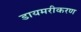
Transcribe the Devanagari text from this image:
डायमरीकरण